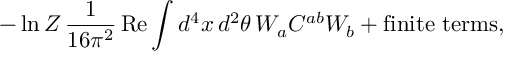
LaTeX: - \ln Z \, \frac { 1 } { 1 6 \pi ^ { 2 } } \, \mathrm { R e } \int d ^ { 4 } x \, d ^ { 2 } \theta \, W _ { a } C ^ { a b } W _ { b } + \mathrm { f i n i t e ~ t e r m s } ,